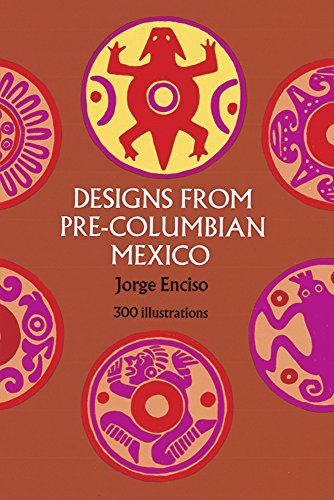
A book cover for Designs from Pre-Columbian Mexico (Dover Pictorial Archive); Jorge Enciso; Arts & Photography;